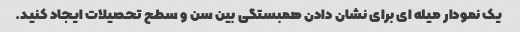
یک نمودار میله ای برای نشان دادن همبستگی بین سن و سطح تحصیلات ایجاد کنید.